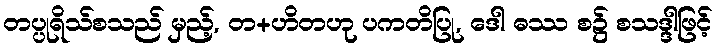
တပ္ပုရိသ်စသည် မှည့်, တ+ဟိတဟု ပကတိပြု, ဒေါ ဓဿ စ၌ စသဒ္ဒါဖြင့်